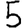
Digit: 5